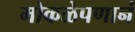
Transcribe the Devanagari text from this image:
मोकळेपणानं